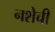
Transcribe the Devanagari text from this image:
नशेची